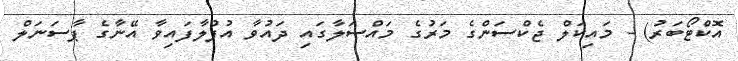
އޮކްޓޯބަރު) - މައިކަލް ޖެކްސަންގެ މަރުގެ މައްސަލާގައި ދައުވާ އުފުލާފައިވާ އޭނާގެ ޕާސަނަލް